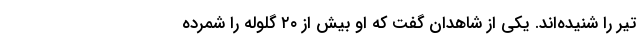
تیر را شنیده‌اند. یکی از شاهدان گفت که او بیش از ۲۰ گلوله را شمرده